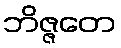
ဘိဇ္ဇတေ